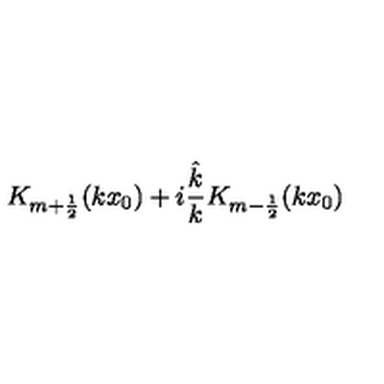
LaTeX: K _ { m + \frac 1 2 } ( k x _ { 0 } ) + i \frac { \hat { k } } { k } K _ { m - \frac 1 2 } ( k x _ { 0 } )